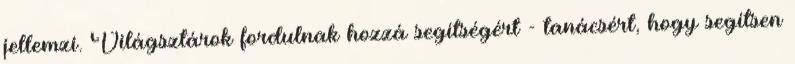
jellemzi. Világsztárok fordulnak hozzá segítségért - tanácsért, hogy segítsen